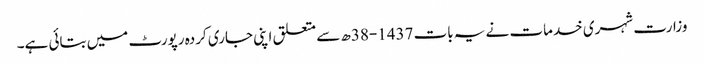
وزارت شہری خدمات نے یہ بات 1437-38ھ سے متعلق اپنی جاری کردہ رپورٹ میں بتائی ہے۔